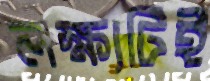
লক্ষ্যটিই